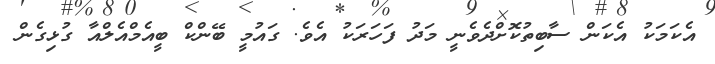
އެކަމަކު އެކަން ސާބިތުކޮށްދެވެނީ މަދު ފަހަރަކު އެވެ. ގައުމީ ބޭންކް ބީއެމްއެލްއާ ގުޅިގެން